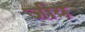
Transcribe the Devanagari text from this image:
जीय